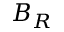
B _ { R }